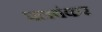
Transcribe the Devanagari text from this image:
पलवंकर